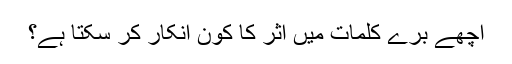
اچھے بُرے کلمات میں اثر کا کون انکار کر سکتا ہے؟